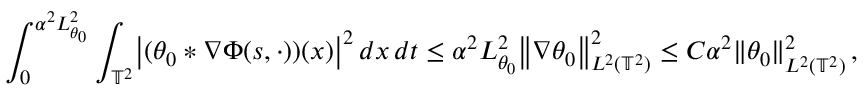
\int _ { 0 } ^ { \alpha ^ { 2 } L _ { \theta _ { 0 } } ^ { 2 } } \int _ { \ensuremath { \mathbb { T } } ^ { 2 } } \bigl | ( \theta _ { 0 } \ast \nabla \Phi ( s , \cdot ) ) ( x ) \bigr | ^ { 2 } \, d x \, d t \leq \alpha ^ { 2 } L _ { \theta _ { 0 } } ^ { 2 } \bigl \| \nabla \theta _ { 0 } \bigr \| _ { L ^ { 2 } ( \ensuremath { \mathbb { T } } ^ { 2 } ) } ^ { 2 } \leq C \alpha ^ { 2 } \| \theta _ { 0 } \| _ { L ^ { 2 } ( \ensuremath { \mathbb { T } } ^ { 2 } ) } ^ { 2 } \, ,